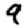
Digit: 9